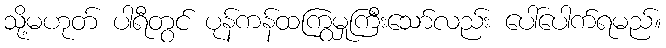
သို့မဟုတ် ပါရီတွင် ပုန်ကန်ထကြွမှုကြီးသော်လည်း ပေါ်ပေါက်ရမည်။